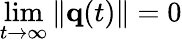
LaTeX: \operatorname*{lim}_{t\to\infty}\| {\mathbf q}(t)\| =0